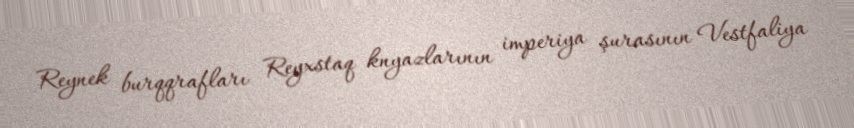
Reynek burqqrafları Reyxstaq knyazlarının imperiya şurasının Vestfaliya